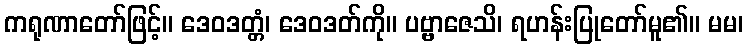
ကရုဏာတော်ဖြင့်။ ဒေဝဒတ္တံ၊ ဒေဝဒတ်ကို။ ပဗ္ဗာဇေသိ၊ ရဟန်းပြုတော်မူ၏။ မမ၊